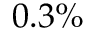
0 . 3 \%